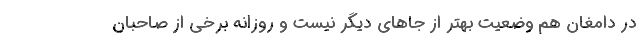
در دامغان هم وضعیت بهتر از جاهای دیگر نیست و روزانه برخی از صاحبان